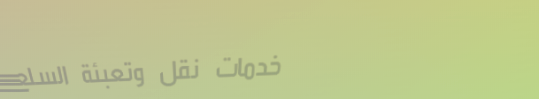
خدمات نقل وتعبئة السلع